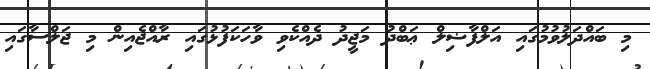
މި ބައްދަލުވުމުގައި އަލްފާޟިލް ޢަބްދު މަޖީދު ދެއްކެވި ވާހަކަފުޅުގައި ރާއްޖެއިން މި ޖަލްސާގައި